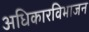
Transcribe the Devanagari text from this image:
अधिकारविभाजन